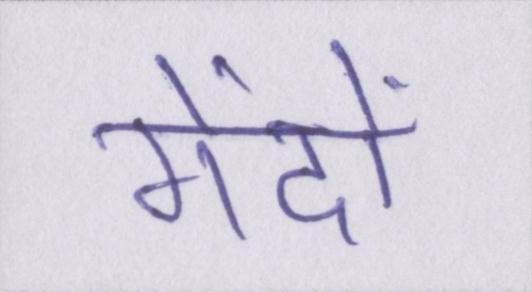
गेंदों